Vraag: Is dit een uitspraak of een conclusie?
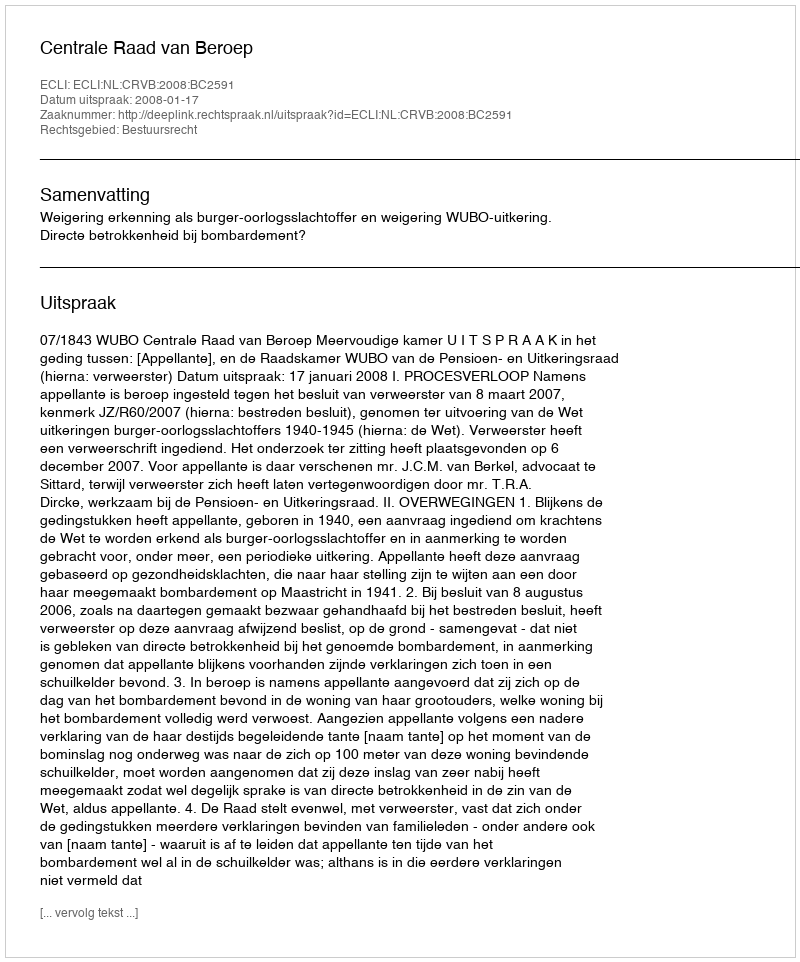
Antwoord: Uitspraak